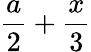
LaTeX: {\frac{a}{2}}+{\frac{x}{3}}